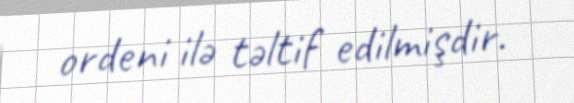
ordeni ilə təltif edilmişdir.